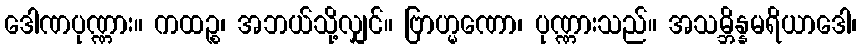
ဒေါဏပုဏ္ဏား။ ကထဉ္စ၊ အဘယ်သို့လျှင်။ ဗြာဟ္မဏော၊ ပုဏ္ဏားသည်။ အသမ္ဘိန္နမရိယာဒေါ၊